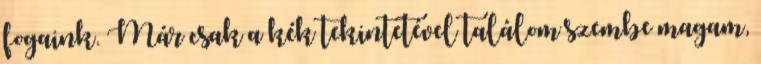
fogaink. Már csak a kék tekintetével találom szembe magam,